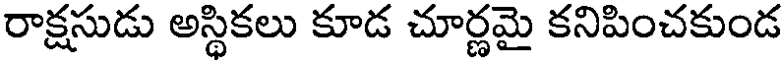
రాక్షసుడు అస్థికలు కూడ చూర్ణమై కనిపించకుండ